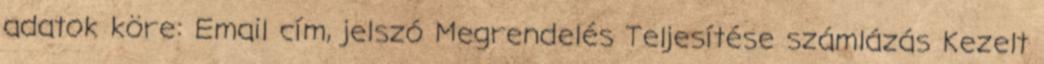
adatok köre: Email cím, jelszó Megrendelés Teljesítése számlázás Kezelt